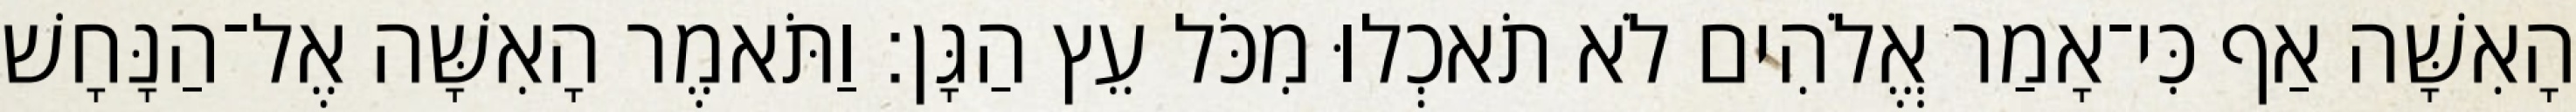
הָאִשָּׁה אַף כִּי־אָמַר אֱלֹהִים לֹא תֹאכְלוּ מִכֹּל עֵץ הַגָּן׃ וַתֹּאמֶר הָאִשָּׁה אֶל־הַנָּחָשׁ